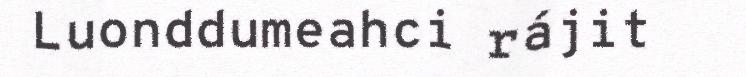
Luonddumeahci rájit